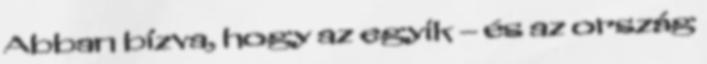
Abban bízva, hogy az egyik – és az ország